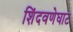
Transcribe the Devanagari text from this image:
शिंदवणेघाट